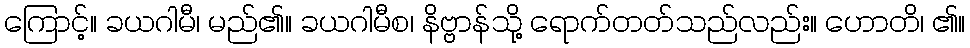
ကြောင့်။ ခယဂါမီ၊ မည်၏။ ခယဂါမီစ၊ နိဗ္ဗာန်သို့ ရောက်တတ်သည်လည်း။ ဟောတိ၊ ၏။